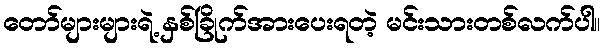
တော်များများရဲ့ နှစ်ခြိုက်အားပေးရတဲ့ မင်းသားတစ်လက်ပါ။